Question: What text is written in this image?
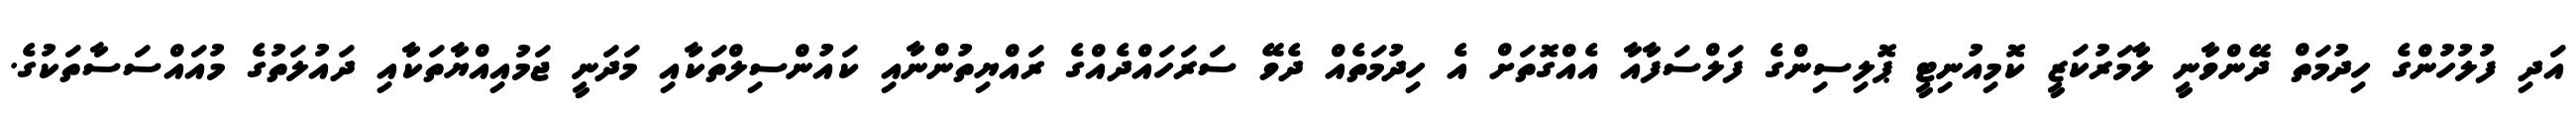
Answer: އަދި ފުލުހުންގެ ހިދުމަތް ދޭންވާނީ ލާމަރުކަޒީ ކޮމިއުނިޓީ ޕޮލިސިންގެ ފަލްސަފާއާ އެއްގޮތަށް އެ ހިދުމަތެއް ދެވޭ ސަރަހައްދެއްގެ ރައްޔިތުންނާއި ކައުންސިލްތަކާއި މަދަނީ ޖަމުއިއްޔާތަކާއި ދައުލަތުގެ މުއައްސަސާތަކުގެ.